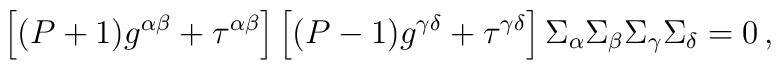
\left[(P+1) g^{\alpha\beta} + \tau^{\alpha\beta}\right]\left[(P-1) g^{\gamma\delta} + \tau^{\gamma\delta}\right]\Sigma_\alpha\Sigma_\beta\Sigma_\gamma\Sigma_\delta=0 \, ,